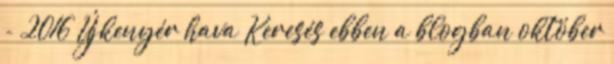
- 2016 Újkenyér hava Keresés ebben a blogban október